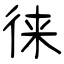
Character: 徕